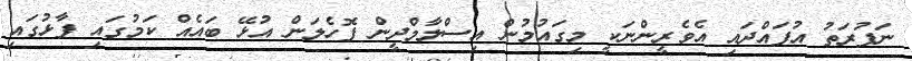
ނަފުރަތު އުފައްދައި އެވެރީންނަކީ މިގައުމުން އިސްލާމްދީން ފޮހެލަން އުޅޭ ބައެއް ކަމުގައި ފާޅުގައި